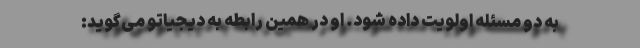
به دو مسئله اولویت داده شود. او در همین رابطه به دیجیاتو می‌گوید: